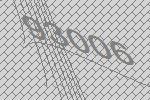
93006